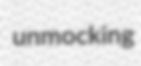
unmocking